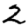
Digit: 2